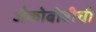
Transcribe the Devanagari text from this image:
जैकोबोवीची